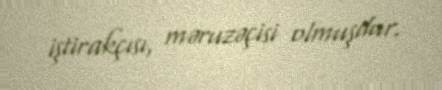
iştirakçısı, məruzəçisi olmuşdur.